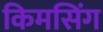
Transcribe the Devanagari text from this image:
किमसिंग